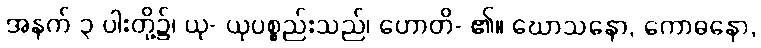
အနက် ၃ ပါးတို့၌၊ ယု- ယုပစ္စည်းသည်၊ ဟောတိ- ၏။ ဃောသနော, ကောဓနော,